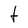
Character: t